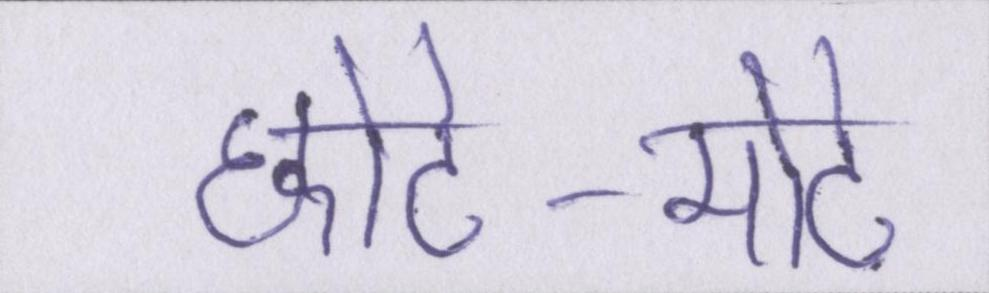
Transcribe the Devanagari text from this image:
छोटे-मोटे